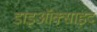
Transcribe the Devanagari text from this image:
डाइऑक्साइद